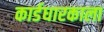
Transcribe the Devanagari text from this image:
कार्डधारकाला